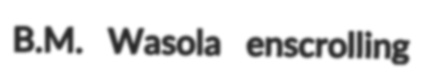
B.M. Wasola enscrolling